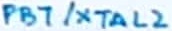
Text: PB7/XTAL2